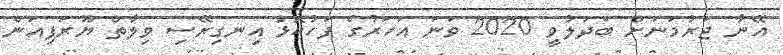
އޭނާ ޖަރުމަނަށް ބަދަލުވީ 2020 ވަނަ އަހަރުގެ ފަހުކޮޅު އިނގިރޭސި ވިލާތް ޔޫރަޕިއަން